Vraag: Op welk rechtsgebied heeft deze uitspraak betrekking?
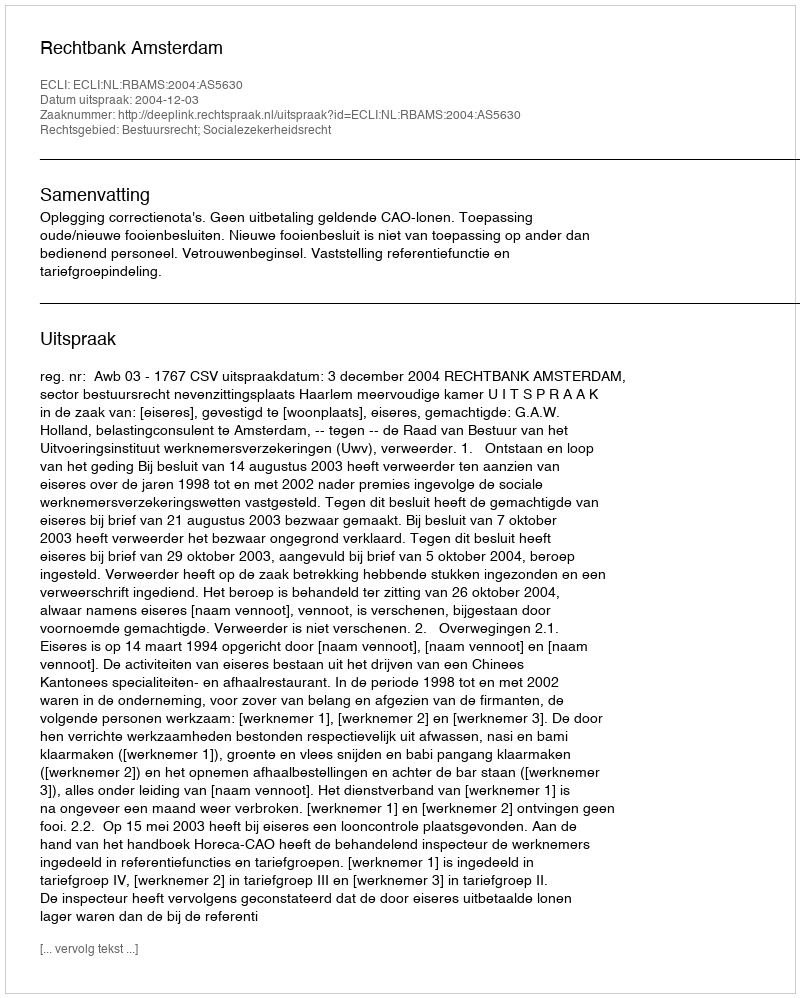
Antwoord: Bestuursrecht; Socialezekerheidsrecht